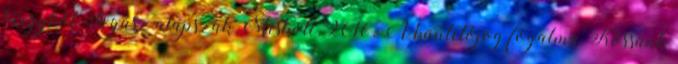
tárgyból Jogász alapszak Miskolc, 2016. A büntetőjog fogalma Kössünk